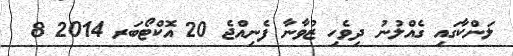
ލަންކާގައި ގެއްލުނު ދިވެހި ޒުވާނާ ފެނިއްޖެ 20 އޮކްޓޯބަރ 2014 8